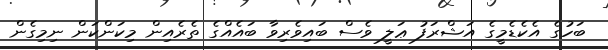
ބަހުގެ އެކެޑެމީގެ އަޝްރަފު ޢަލީ ވެސް ބައިވެރިވާ ބައެއްގެ ތެރެއިން މިކަންކަން ނިމިގެން